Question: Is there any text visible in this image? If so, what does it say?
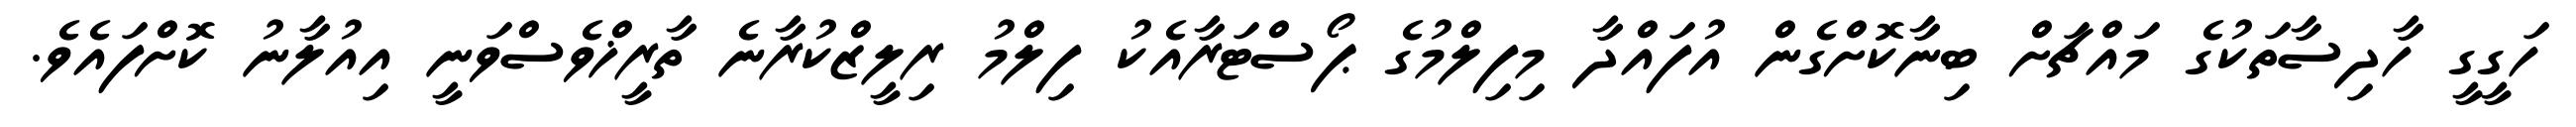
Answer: ހަގީގީ ހާދިސާތަކުގެ މައްޗަށް ބިނާކޮށްގެން އުފައްދާ މިފިލްމުގެ ޕޯސްޓަރާއެކު ފިލްމު ރިލީޒްކުރާނެ ތާރީޚްވެސްވަނީ އިއުލާނު ކޮށްފައެވެ.